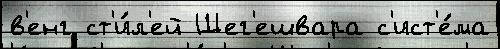
в'енг ст'и́л'ей Шег'ешвара с'ист'е́ма